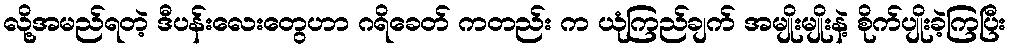
လို့အမည်ရတဲ့ ဒီပန်းလေးတွေဟာ ဂရိခေတ် ကတည်း က ယုံကြည်ချက် အမျိုးမျိုးနဲ့ စိုက်ပျိုးခဲ့ကြပြီး